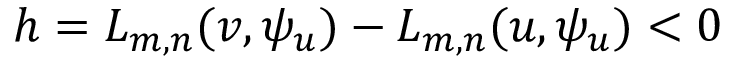
h = L _ { m , n } ( v , \psi _ { u } ) - L _ { m , n } ( u , \psi _ { u } ) < 0